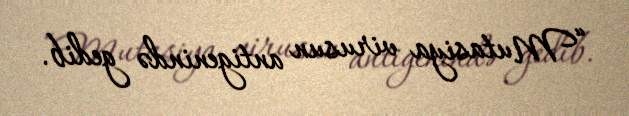
“Mutasiya virusun antigenində gedib.